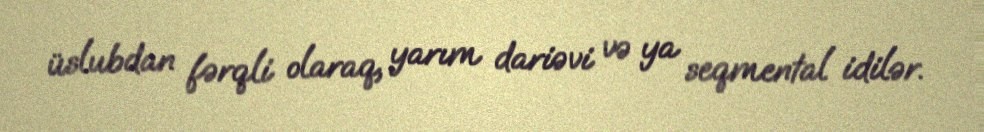
üslubdan fərqli olaraq, yarım dariəvi və ya seqmental idilər.